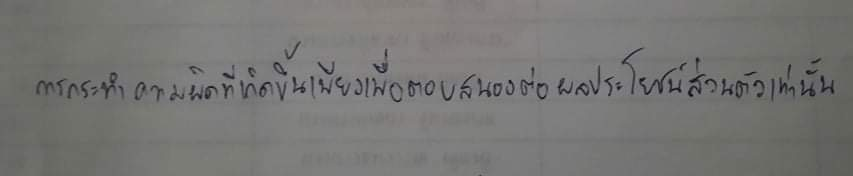
การกระทำความผิดที่เกิดขึ้นเพียงเพื่อตอบสนองต่อผลประโยชน์ส่วนตัวเท่านั้น